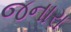
જનારા